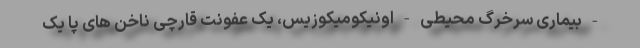
- بیماری سرخرگ محیطی - اونیکومیکوزیس، یک عفونت قارچی ناخن های پا یک